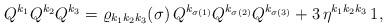
LaTeX: \begin{align*}Q^{k_1}Q^{k_2}Q^{k_3}=\varrho _{k_1k_2k_3}(\sigma )\,Q^{k_{\sigma(1)}}Q^{k_{\sigma (2)}}Q^{k_{\sigma (3)}}+3\,{\eta }^{k_1k_2k_3}\,1,\end{align*}